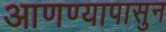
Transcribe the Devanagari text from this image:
आणण्यापासुन